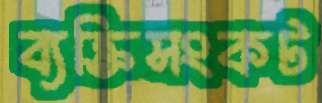
ব্যক্তিসংকট